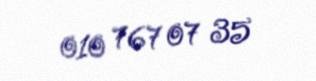
010 767 07 35